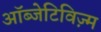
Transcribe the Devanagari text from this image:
ऑब्जेटिविज़्म